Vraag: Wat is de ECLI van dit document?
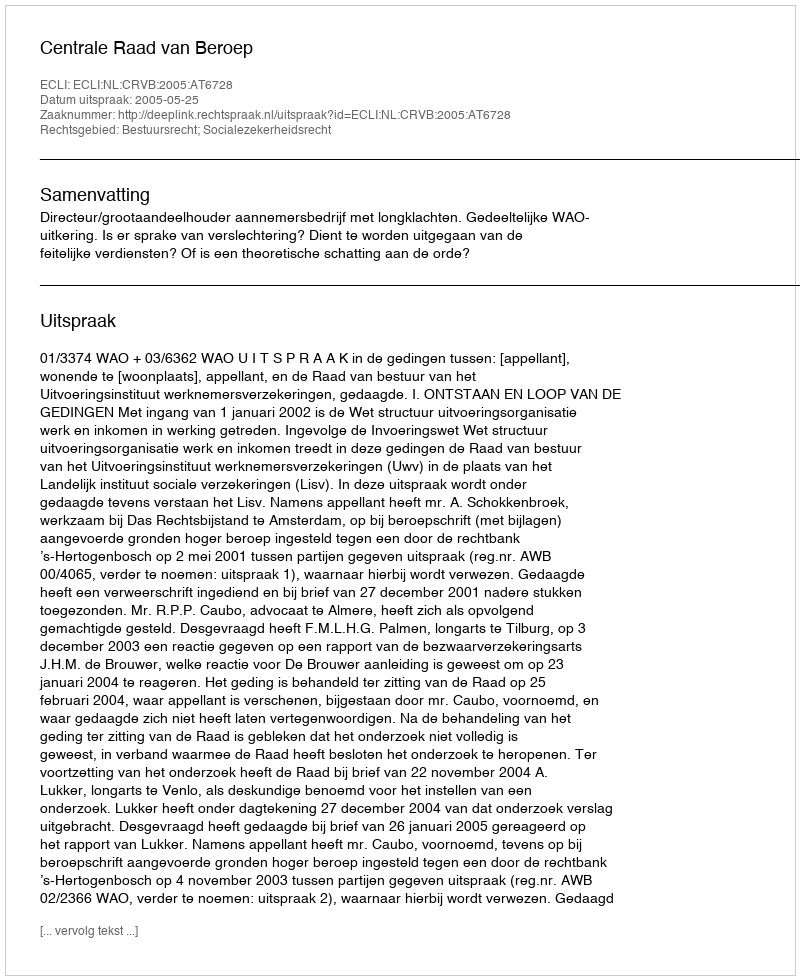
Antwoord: ECLI:NL:CRVB:2005:AT6728